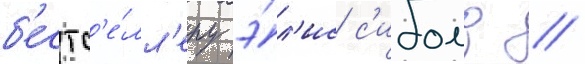
б'естс'е́лл'еру э́л'ис с'иболд //